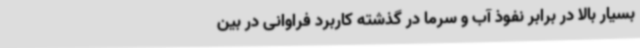
بسیار بالا در برابر نفوذ آب و سرما در گذشته کاربرد فراوانی در بین